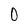
Character: 0